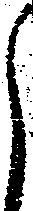
候